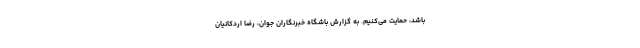
باشد، حمایت می‌کنیم. به گزارش باشگاه خبرنگاران جوان، رضا اردکانیان